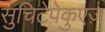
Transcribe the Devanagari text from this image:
सुचिटेपेकुएज़